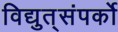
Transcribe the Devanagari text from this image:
विद्युत्‌संपर्को